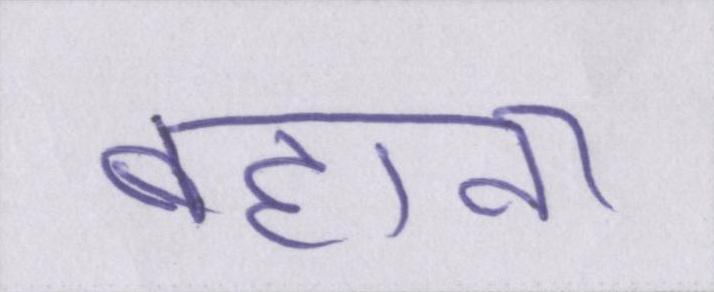
बहाना